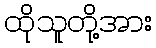
ထိုသူတို့အား